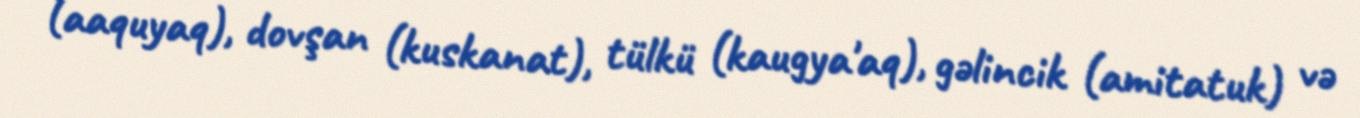
(aaquyaq), dovşan (kuskanat), tülkü (kaugya'aq), gəlincik (amitatuk) və